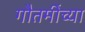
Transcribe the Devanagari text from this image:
गौतमींच्या